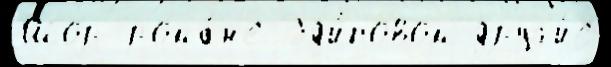
Шор рома́н'е Эд'и́повом друг'и́е